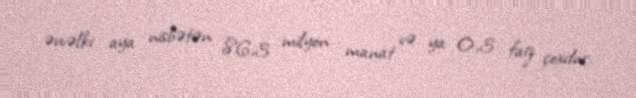
əvvəlki aya nisbətən 86,3 milyon manat və ya 0,3 faiz çoxdur.